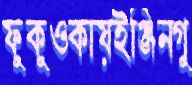
ফুকুওকায়ইঞ্জিনগু